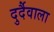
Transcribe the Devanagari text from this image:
दुर्दैवाला